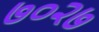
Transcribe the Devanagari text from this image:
७०२७